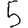
Digit: 5